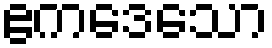
ဧကဒေသော